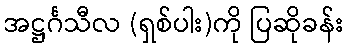
အဋ္ဌင်္ဂသီလ (ရှစ်ပါး)ကို ပြဆိုခန်း